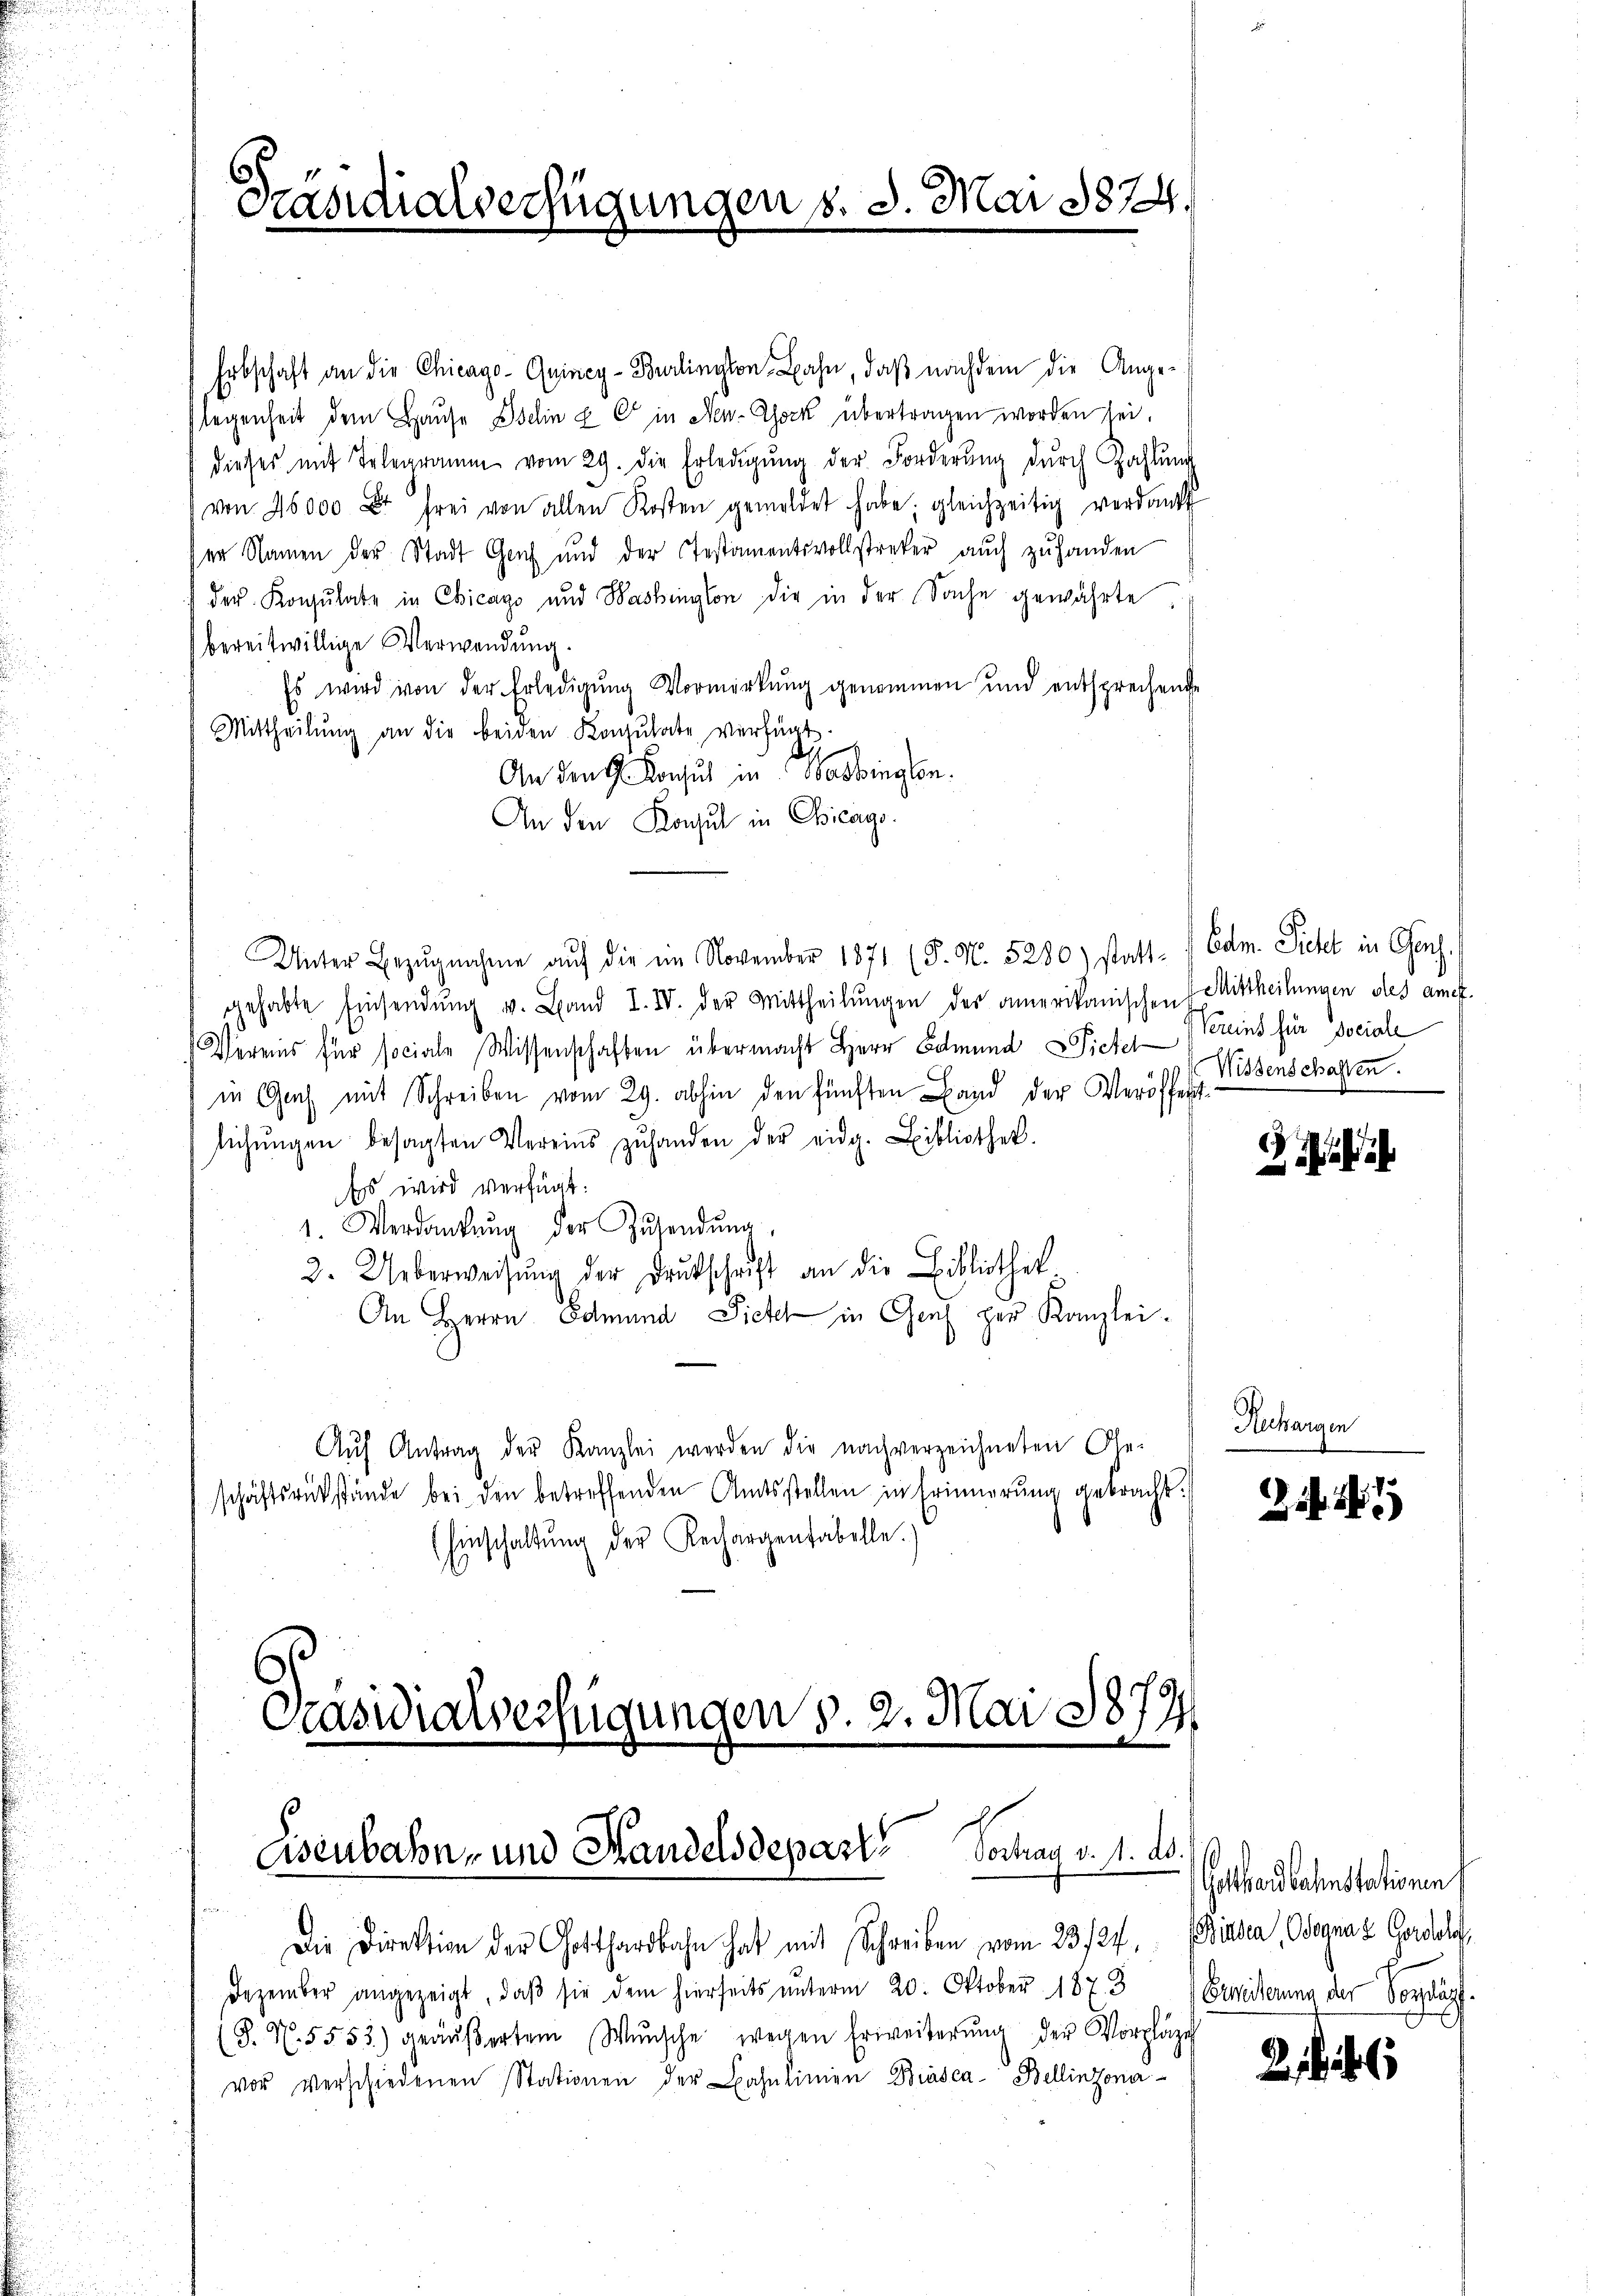
Präsidialverfügungen s. 3. Mai 1874.

Erbschaft an die Chicago-Quincy-Burlington Bahn, daß nachdem die Angelegenheit dem Hause sching. Er in New-York übertragen worden sei.
dieses mit Telegramm vom 29. die Erledigŭng der Forderŭng dŭrch Zahlŭng
von 26000 Fr frei von allen Kosten gemeldet habe; gleichzeitig verdankt
ser Namen der Stadt Genf und der Gestamentsvollstreker auch zu handen
der Konzŭlate in Chicago und Washington die in der Sache gewährte
bereitwillige Verwendung
Es wird von der Erledigŭng Vormerkŭng genommen und entsprechende
Mittheilŭng an die beiden Konsulate verfügt.
d
An den Konsul in Washingen.
An den Konsul in Chicago
Unter Bezŭgnahme aŭf die im November 1871 (S. Nr. 5280) statt- / Cdm. Siehet in Chens,
ehehabte Einsendŭng v. Land I. IV. der Mittheilŭngen der amerikanischen Mittheilungen des auch
Vereis für sociale Wissenschaften übermacht Herr Edmund Pieter Bereins für sociale
in Gach mit Schreiben vom 29. abhin den fünften Band der Veröffentsŭchŭngen besagten Vereins zŭ handen der eidg. Bibliothek.
Es wird verfügt:
1. Verdankŭng der Zŭsendŭng,
2. Ueberweisung der Drukschrift an die Bibliothek-
An Herrn Edmund Sicht in Genf zur Kanzlei-
Aŭf Antrag der Kanzlei werden die nach verzeichneten Ge-
schäftsrückstände bei den betreffenden Amtsstellen in Erinnerung gebracht.
(Einschaltŭng der Rechargenfabelle.)
Präsidialverfügungen v. 2. Mai 1873.

Eisenbahn- und Handelsdepart. Vortrag v. 1. ds.

Die Direktion der Gotthardbahn hat mit Schreiben vom 23. 127. Dietia, Odognaz Gordolf,
Dezember angezeigt, daβ sie dem hierseits ŭnterm 20. Oktober 1873
(J. N. 5553) geäŭβerten Wŭnsche wegen Erweiterŭng der Vorpläge
vor verschiedenen Stationen der Bahnlinien Biasca Bellinzoner-

Wissenschaften.

i

Rechargen

Gotthardbahnstationen
Breiterung der Vorköpf.

21